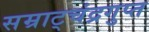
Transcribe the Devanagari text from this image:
सम्राट्चंद्रगुप्त